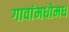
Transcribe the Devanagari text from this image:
गावांमधोमध